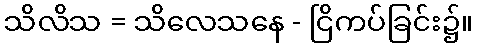
သိလိသ = သိလေသနေ - ငြိကပ်ခြင်း၌။